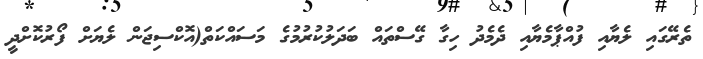
ތެރޭގައި ލެޔާއި ފުއްޕާމެޔާއި ދެމެދު ހިގާ ގޭސްތައް ބަދަލުކުރުމުގެ މަސައްކަތް(އޮކްސިޖަން ލެޔަށް ފޯރުކޮށްދީ